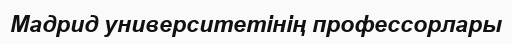
Мадрид университетінің профессорлары